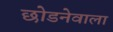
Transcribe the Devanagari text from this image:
छोडनेवाला